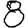
Digit: 8